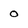
Character: O